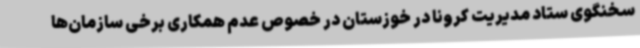
سخنگوی ستاد مدیریت کرونا در خوزستان در خصوص عدم همکاری برخی سازمان‌ها